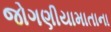
જોગણીયામાતાના